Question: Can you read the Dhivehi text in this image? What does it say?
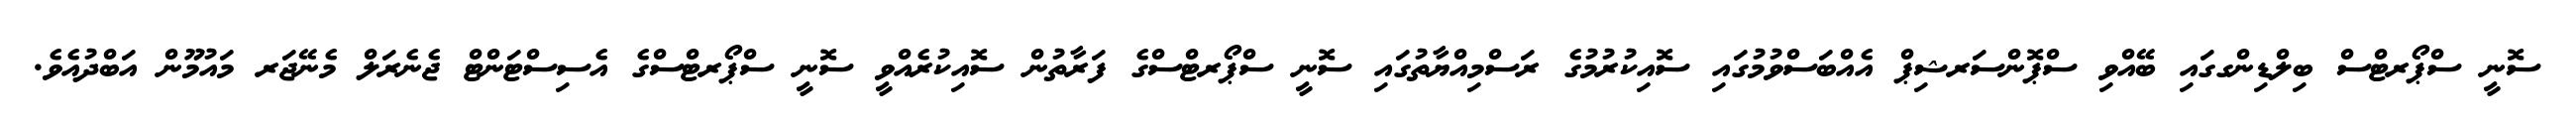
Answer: ސޮނީ ސްޕޯރޓްސް ބިލްޑިންގގައި ބޭއްވި ސްޕޮންސަރޝިޕް އެއްބަސްވުމުގައި ސޮއިކުރުމުގެ ރަސްމިއްޔާތުގައި ސޮނީ ސްޕޯރޓްސްގެ ފަރާތުން ސޮއިކުރެއްވީ ސޮނީ ސްޕޯރޓްސްގެ އެސިސްޓަންޓް ޖެނެރަލް މެނޭޖަރ މައުމޫން އަބްދުއެވެ.